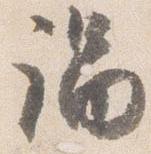
謂